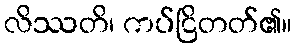
လိဿတိ၊ ကပ်ငြိတတ်၏။